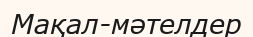
Мақал-мәтелдер